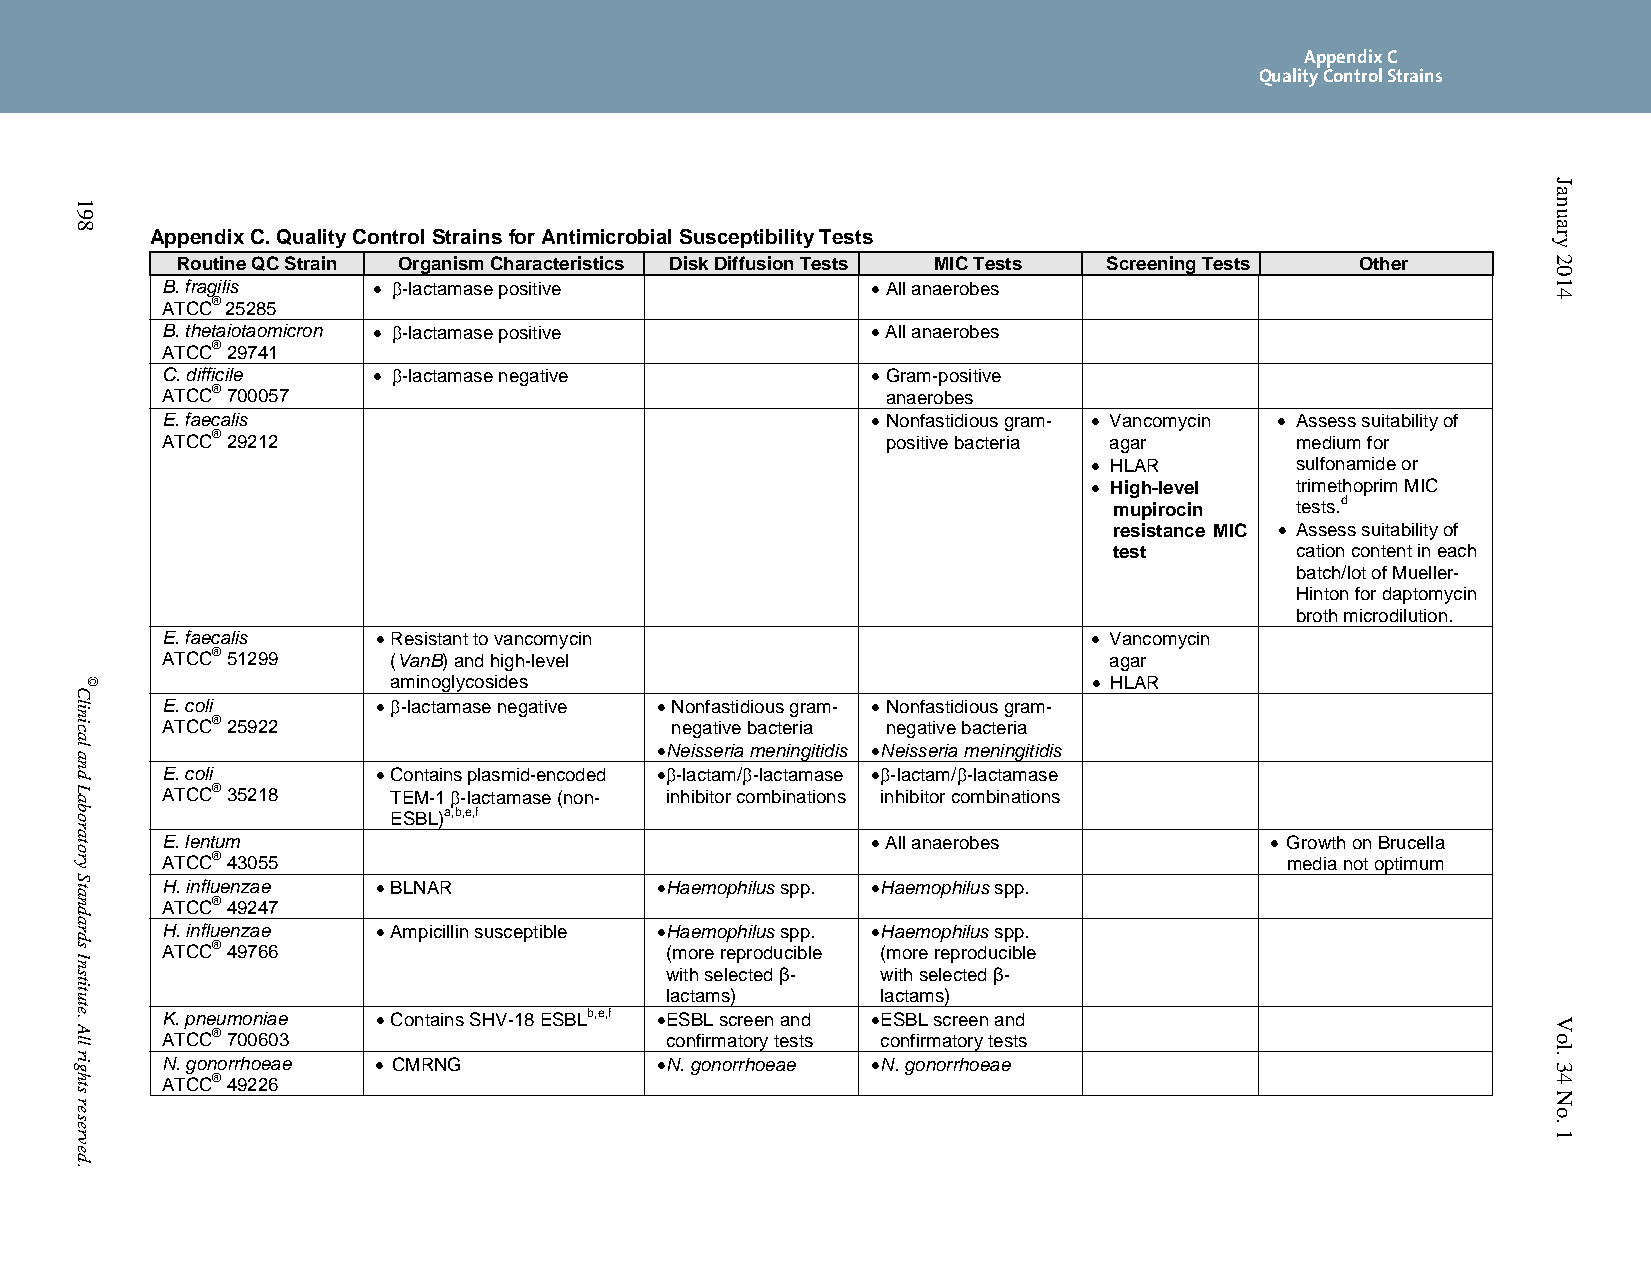
Appendix C
 Quality Control Strains
 Appendix C. Quality Control Strains for Antimicrobial Susceptibility Tests
 Routine QC Strain Organism Characteristics Disk Diffusion Tests MIC Tests Screening Tests Other
 B. fragilis    -lactamase positive            All anaerobes
 ATCC® 25285
 B. thetaiotaomicron  -lactamase positive      All anaerobes
 ATCC® 29741
 C. difficile   -lactamase negative            Gram-positive
 ATCC® 700057                                    anaerobes
 E. faecalis                                     Nonfastidious gram-  Vancomycin  Assess suitability of
 ATCC® 29212                                     positive bacteria agar     medium for
  HLAR        sulfonamide or
  High-level  trimethoprim MIC
 mupirocin
 tests.d
 resistance MIC  Assess suitability of
 test        cation content in each
 batch/lot of Mueller-
 Hinton for daptomycin
 broth microdilution.
 E. faecalis    Resistant to vancomycin                       Vancomycin
 ATCC® 51299    (VanB) and high-level                          agar
 aminoglycosides                                HLAR
 E. coli        -lactamase negative  Nonfastidious gram-  Nonfastidious gram-
 ATCC® 25922                      negative bacteria negative bacteria
 Neisseria meningitidis Neisseria meningitidis
 E. coli        Contains plasmid-encoded  -lactam/-lactamase  -lactam/-lactamase
 ATCC® 35218    TEM-1 -lactamase (non- inhibitor combinations inhibitor combinations
 ESBL)a,b,e,f
 E. lentum                                       All anaerobes            Growth on Brucella
 ATCC® 43055                                                               media not optimum
 H. influenzae  BLNAR            Haemophilus spp.  Haemophilus spp.
 ATCC® 49247
 H. influenzae  Ampicillin susceptible  Haemophilus spp.  Haemophilus spp.
 ATCC® 49766                      (more reproducible (more reproducible
 with selected β- with selected β-
 lactams)      lactams)
 K. pneumoniae  Contains SHV-18 ESBLb,e,f  ESBL screen and  ESBL screen and
 ATCC® 700603                     confirmatory tests confirmatory tests
 N. gonorrhoeae  CMRNG           N. gonorrhoeae  N. gonorrhoeae
 ATCC® 49226
 198
 Clinical
 and
 Laboratory
 Standards
 Institute.
 All
 rights
 reserved.
 ©
 January
 2014
 Vol.
 34No.
 1